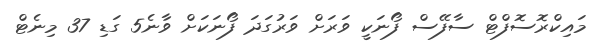
މައިކްރޮސޮފްޓް ސާފޭސް ފޯނަކީ ވަރަށް ވަރުގަދަ ފޯނަކަށް ވާނެ5 ގަޑި 37 މިނެޓް